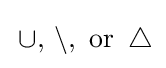
\,\cup ,\,\setminus ,{\text{ or }}\,\triangle